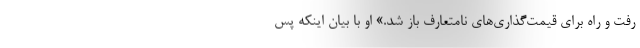
رفت و راه برای قیمت‌گذاری‌های نامتعارف باز شد.» او با بیان اینکه پس